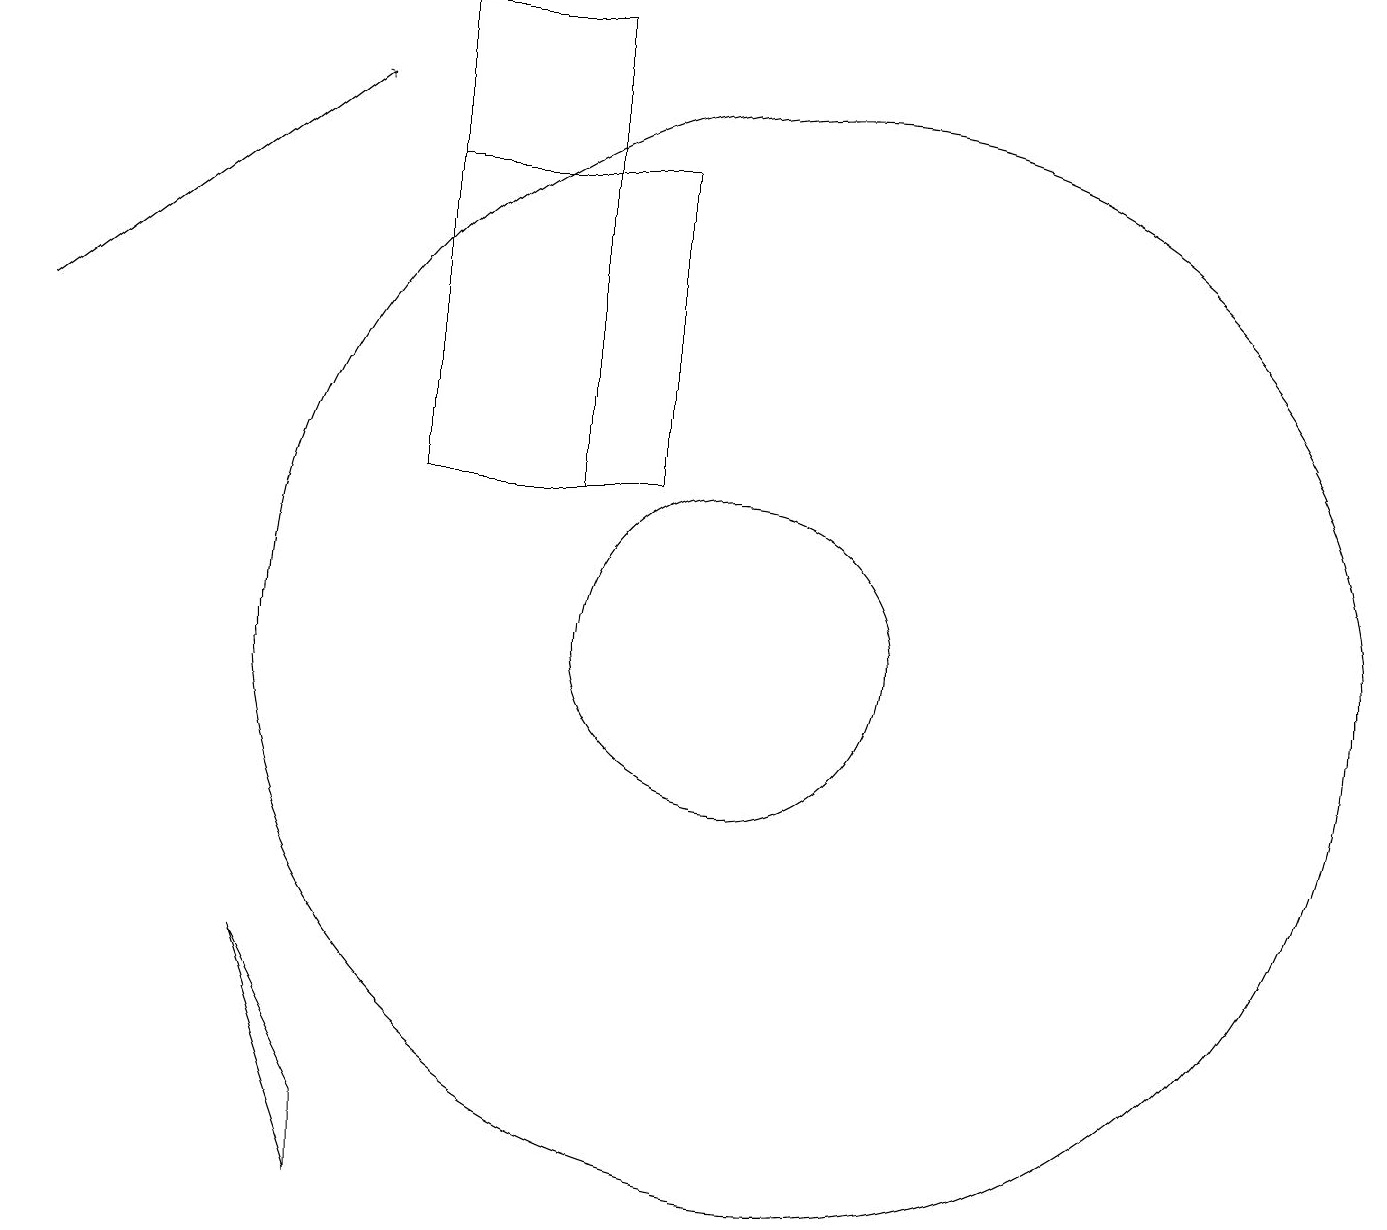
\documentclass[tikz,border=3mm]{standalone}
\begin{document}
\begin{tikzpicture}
\draw (9,12) rectangle (6,16);
\draw (4,6) -- (5,4) -- (5,3) -- cycle;
\draw (10,10) circle (2);
\draw (8,12) rectangle (6,18);
\draw (11,10) circle (7);
\draw[->] (1,14) -- (5,17);
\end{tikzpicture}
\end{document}